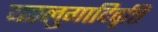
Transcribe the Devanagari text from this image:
यङलुगादिवृत्ति